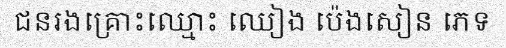
ជនរងគ្រោះឈ្មោះ ឈៀង ប៉េងសៀន ភេទ